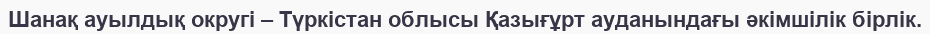
Шанақ ауылдық округі – Түркістан облысы Қазығұрт ауданындағы әкімшілік бірлік.